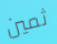
ثمين